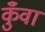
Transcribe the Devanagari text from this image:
कुँवा